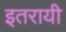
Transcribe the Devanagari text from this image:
इतरायी